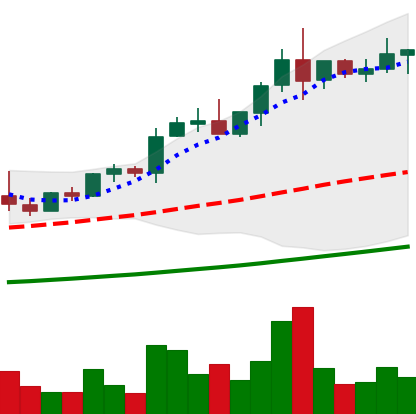
Ticker: NEO-USD
Chart end date: 2021-04-12
Forward return: 45.829%
Label: up_7plus